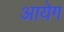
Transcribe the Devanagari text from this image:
आयेग